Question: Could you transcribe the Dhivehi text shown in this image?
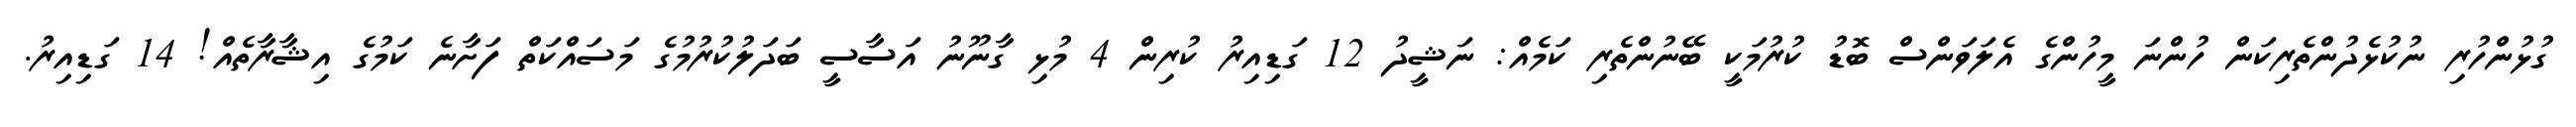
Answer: ގުޅުންހުރި ނުކުޅެދުންތެރިކަން ހުންނަ މީހުންގެ އެލަވަންސް ބޮޑު ކުރުމަކީ ބޭނުންތެރި ކަމެއް: ނަޝީދު 12 ގަޑިއިރު ކުރިން 4 މުޅި ގާނޫނު އަސާސީ ބަދަލުކުރުމުގެ މަސައްކަތް ފަށާނެ ކަމުގެ އިޝާރާތެއް! 14 ގަޑިއިރު.